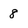
Character: 8